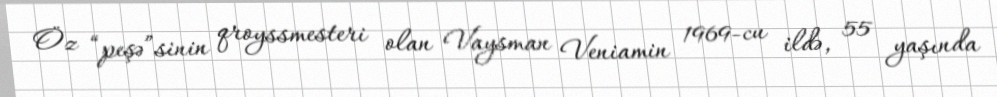
Öz “peşə”sinin qroyssmesteri olan Vaysman Veniamin 1969-cu ildə, 55 yaşında